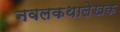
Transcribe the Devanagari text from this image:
नवलकथालेखक